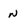
Character: n